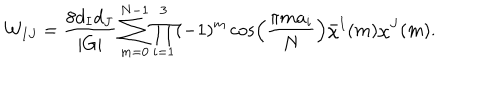
{ \cal W } _ { I J } = \frac { 8 d _ { I } d _ { J } } { | G | } \sum _ { m = 0 } ^ { N - 1 } \prod _ { i = 1 } ^ { 3 } ( - 1 ) ^ { m } \cos \left( \frac { \pi m a _ { i } } { N } \right) \bar { \chi } ^ { I } ( m ) \chi ^ { J } ( m ) .